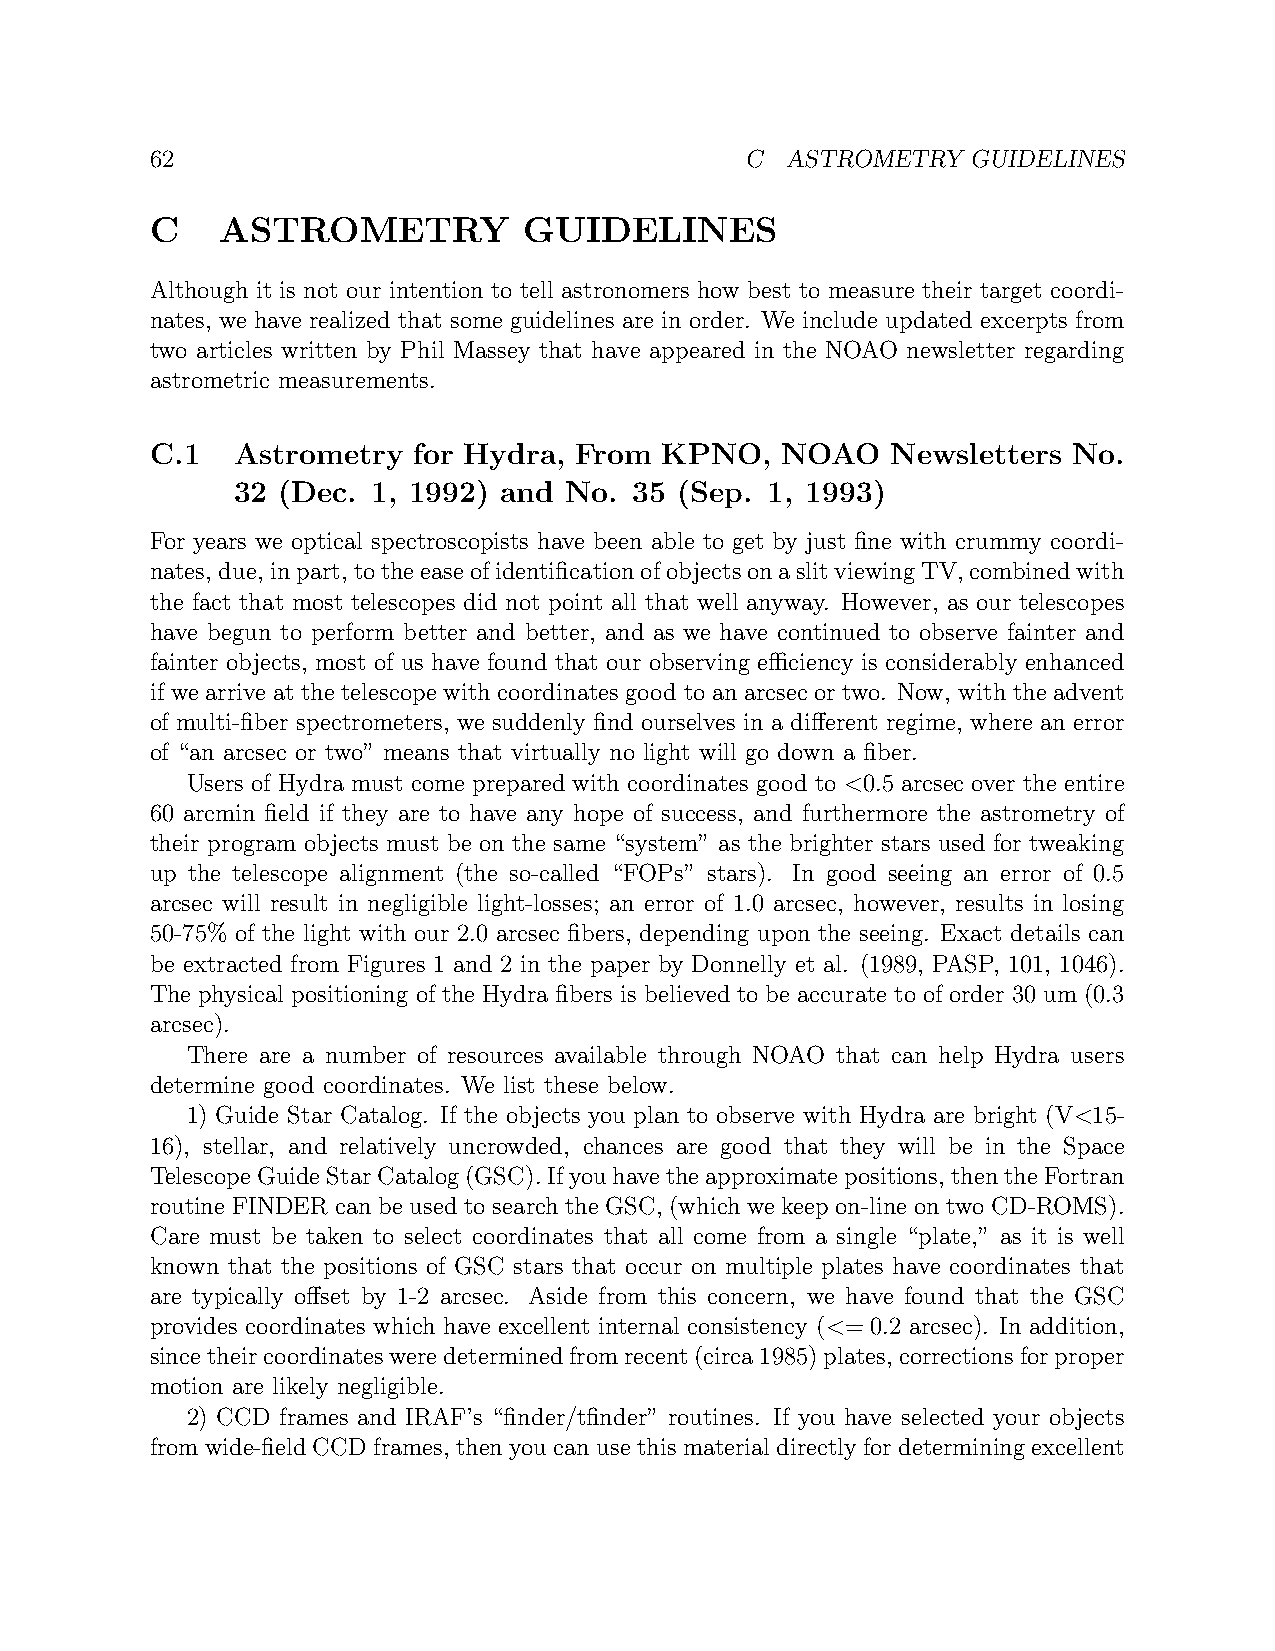
62                                     C  ASTROMETRY  GUIDELINES
 C    ASTROMETRY          GUIDELINES
 Although it is not our intention to tell astronomers how best to measure their target coordi-
 nates, we have realized that some guidelines are in order. We include updated excerpts from
 two articles written by Phil Massey that have appeared in the NOAO newsletter regarding
 astrometric measurements.
 C.1  Astrometry  for Hydra, From  KPNO,   NOAO   Newsletters No.
 32 (Dec.  1, 1992) and No. 35 (Sep. 1, 1993)
 For years we optical spectroscopists have been able to get by just fine with crummy coordi-
 nates, due, inpart, totheeaseofidentificationofobjectsonaslitviewingTV,combinedwith
 the fact that most telescopes did not point all that well anyway. However, as our telescopes
 have begun to perform better and better, and as we have continued to observe fainter and
 fainter objects, most of us have found that our observing efficiency is considerably enhanced
 if we arrive at the telescope with coordinates good to an arcsec or two. Now, with the advent
 of multi-fiber spectrometers, we suddenly find ourselves in a different regime, where an error
 of “an arcsec or two” means that virtually no light will go down a fiber.
 Users of Hydra must come prepared with coordinates good to <0.5 arcsec over the entire
 60 arcmin field if they are to have any hope of success, and furthermore the astrometry of
 their program objects must be on the same “system” as the brighter stars used for tweaking
 up the telescope alignment (the so-called “FOPs” stars). In good seeing an error of 0.5
 arcsec will result in negligible light-losses; an error of 1.0 arcsec, however, results in losing
 50-75% of the light with our 2.0 arcsec fibers, depending upon the seeing. Exact details can
 be extracted from Figures 1 and 2 in the paper by Donnelly et al. (1989, PASP, 101, 1046).
 The physical positioning of the Hydra fibers is believed to be accurate to of order 30 um (0.3
 arcsec).
 There are a number of resources available through NOAO that can help Hydra users
 determine good coordinates. We list these below.
 1) Guide Star Catalog. If the objects you plan to observe with Hydra are bright (V<15-
 16), stellar, and relatively uncrowded, chances are good that they will be in the Space
 TelescopeGuideStarCatalog(GSC).Ifyouhavetheapproximatepositions,thentheFortran
 routine FINDER can be used to search the GSC, (which we keep on-line on two CD-ROMS).
 Care must be taken to select coordinates that all come from a single “plate,” as it is well
 known that the positions of GSC stars that occur on multiple plates have coordinates that
 are typically offset by 1-2 arcsec. Aside from this concern, we have found that the GSC
 provides coordinates which have excellent internal consistency (<= 0.2 arcsec). In addition,
 sincetheircoordinatesweredeterminedfromrecent(circa1985)plates,correctionsforproper
 motion are likely negligible.
 2) CCD frames and IRAF’s “finder/tfinder” routines. If you have selected your objects
 fromwide-fieldCCDframes, thenyoucanusethismaterialdirectlyfordeterminingexcellent